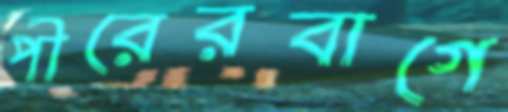
পীরেরবাগে